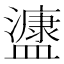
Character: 𭾔